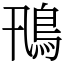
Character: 鳵